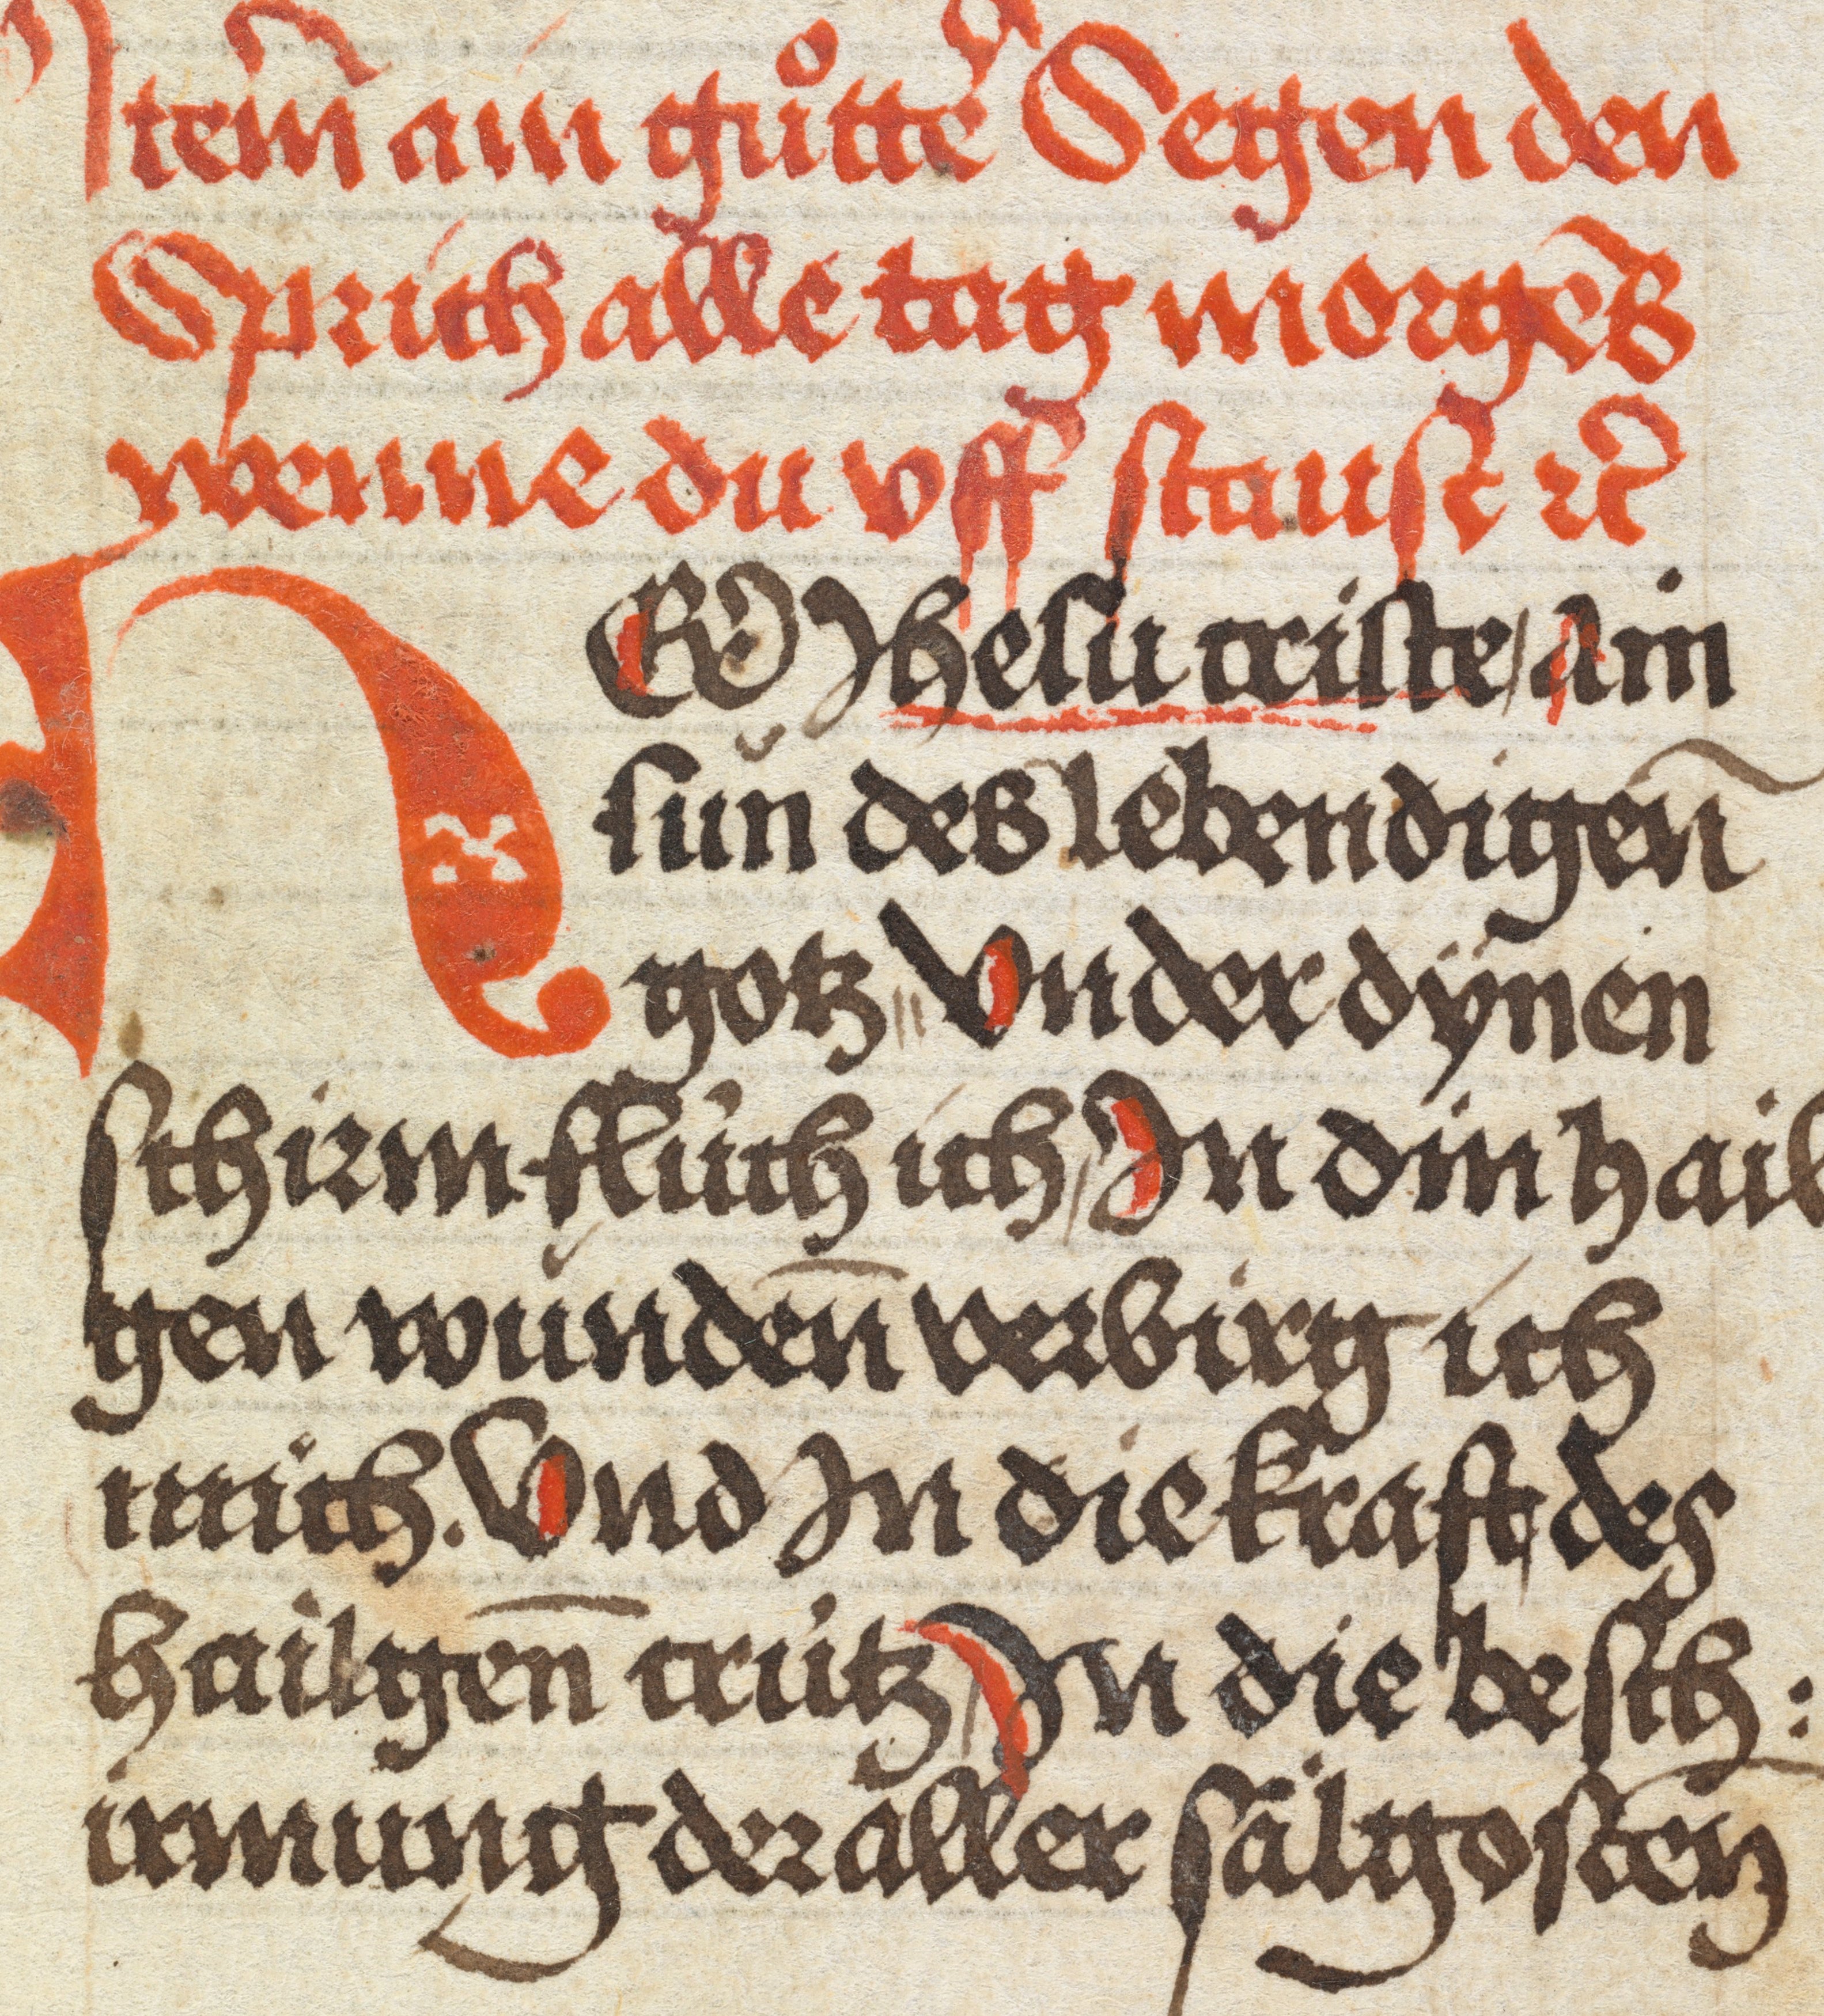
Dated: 1484–1485